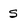
Character: S